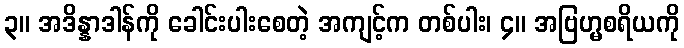
၃။ အဒိန္နာဒါန်ကို ခေါင်းပါးစေတဲ့ အကျင့်က တစ်ပါး၊ ၄။ အဗြဟ္မစရိယကို